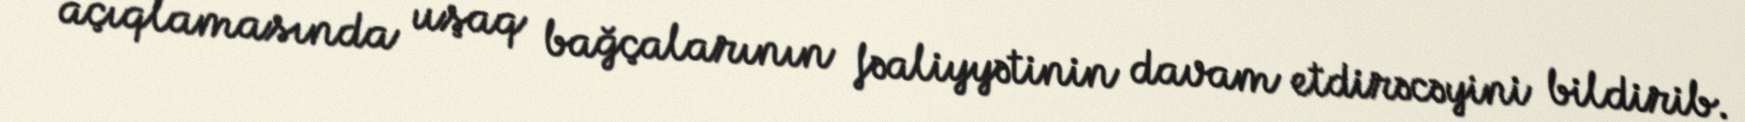
açıqlamasında uşaq bağçalarının fəaliyyətinin davam etdirəcəyini bildirib.